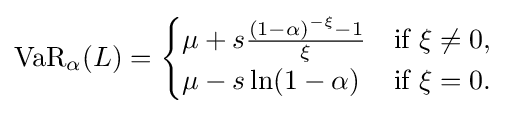
\operatorname {VaR} _{\alpha }(L)={\begin{cases}\mu +s{\frac {(1-\alpha )^{-\xi }-1}{\xi }}&{\text{if }}\xi \neq 0,\\\mu -s\ln(1-\alpha )&{\text{if }}\xi =0.\end{cases}}